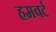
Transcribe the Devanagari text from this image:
हमबर्ट